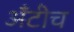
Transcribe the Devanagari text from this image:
अँटीच